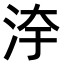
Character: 𣳹